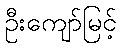
ဦးကျော်မြင့်